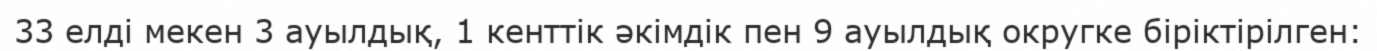
33 елді мекен 3 ауылдық, 1 кенттік әкімдік пен 9 ауылдық округке біріктірілген: